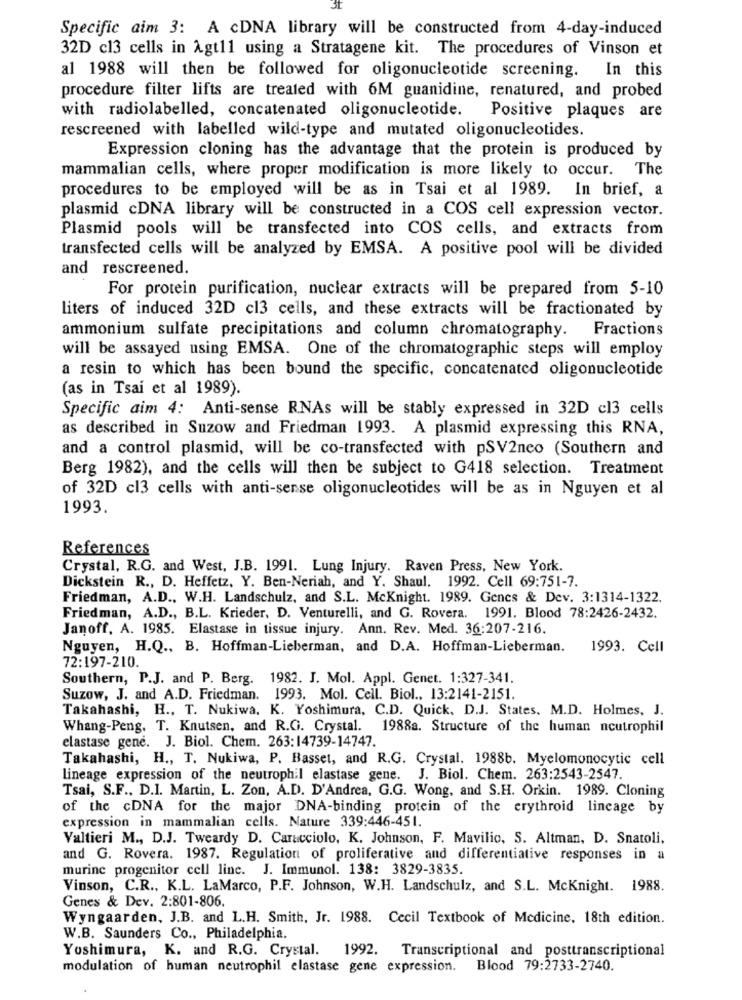
Specific aim 3: A cDNA library will be constructed from 4-day-induced
32D cl3 cells in Agt11 using a Stratagene kit. The procedures of Vinson et
al 1988 will then be followed for oligonucleotide screening. In this
procedure filter lifts are treated with 6M guanidine, renatured, and probed
with radiolabelled, concatenated oligonucleotide. Positive plaques are
rescreened with labelled wild-type and mutated oligonucleotides.
Expression cloning has the advantage that the protein is produced by
mammalian cells, where proper modification is more likely to occur. The
procedures to be employed will be as in Tsai et al 1989. In brief, a
plasmid cDNA library will be constructed in a COS cell expression vector.
Plasmid pools will be transfected into COS cells, and extracts from
transfected cells will be analyzed by EMSA. A positive pool will be divided
and rescreened.
For protein purification, nuclear extracts will be prepared from 5-10
liters of induced 32D cl3 cells, and these extracts will be fractionated by
ammonium sulfate precipitations and column chromatography. Fractions
will be assayed using EMSA. One of the chromatographic steps will employ
a resin to which has been bound the specific, concatenated oligonucleotide
(as in Tsai et al 1989).
Specific aim 4: Anti-sense RNAs will be stably expressed in 32D cl3 cells
as described in Suzow and Friedman 1993. A plasmid expressing this RNA,
and a control plasmid, will be co-transfected with pSV2neo (Southern and
Berg 1982), and the cells will then be subject to G418 selection. Treatment
of 32D cl3 cells with anti-sense oligonucleotides will be as in Nguyen et al
1993.
References
Crystal, R.G. and West, J.B. 1991. Lung Injury. Raven Press, New York.
Dickstein R ., D. Heffetz, Y. Ben-Neriah, and Y. Shaul. 1992. Cell 69:751-7.
Friedman, A.D ., W.H. Landschulz, and S.L. Mcknight. 1989. Genes & Dev. 3:1314-1322.
Friedman, A.D ., B.L. Krieder, D. Venturelli, and G. Rovera. 1991. Blood 78:2426-2432.
Janoff, A. 1985. Elastase in tissue injury. Ann. Rev. Med. 36:207-216.
Nguyen, H.Q ., B. Hoffman-Lieberman, and D.A. Hoffman-Lieberman.
1993. Cell
72:197-210.
Southern, P.J. and P. Berg. 1982. J. Mol. Appl. Genet. 1:327-341.
Suzow, J. and A.D. Friedman. 1993. Mol. Cell. Biol ., 13:2141-2151.
Takahashi, H ., T. Nukiwa. K. Yoshimura, C.D. Quick, D.J. States. M.D. Holmes, J.
Whang-Peng. T. Knutsen, and R.G. Crystal. 1988a. Structure of the human neutrophil
elastase gene. J. Biol. Chem. 263:14739-14747.
Takahashi, H ., T. Nukiwa, P. Basset, and R.G. Crystal, 1988b. Myelomonocytic cell
lineage expression of the neutrophil elastase gene. J. Biol. Chem. 263:2543-2547.
Tsai, S.F ., D.I. Martin, L. Zon, A.D. D'Andrea, G.G. Wong, and S.H. Orkin. 1989. Cloning
of the cDNA for the major DNA-binding protein of the crythroid lincage by
expression in mammalian cells. Nature 339:446-451.
Valtieri M ., D.J. Tweardy D. Caracciolo, K. Johnson, F. Mavilio, S. Altman, D. Snatoli,
and G. Rovera. 1987. Regulation of proliferative and differentiative responses in a
murine progenitor cell line. J. Immunol. 138: 3829-3835.
Vinson, C.R ., K.L. LaMarco, P.F. Johnson, W.H. Landschulz, and S.L. Mcknight. 1988.
Genes & Dev. 2:801-806.
Wyngaarden, J.B. and L.H. Smith, Jr. 1988. Cecil Textbook of Medicine, 18th edition.
W.B. Saunders Co ., Philadelphia.
Yoshimura, K. and R.G. Crystal. 1992.
Transcriptional and posttranscriptional
modulation of human neutrophil elastase gene expression.
Blood 79:2733-2740.